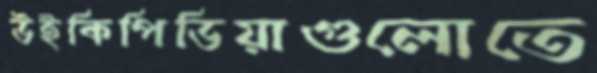
উইকিপিডিয়াগুলোতে